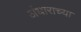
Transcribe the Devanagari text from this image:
अंधाराच्या